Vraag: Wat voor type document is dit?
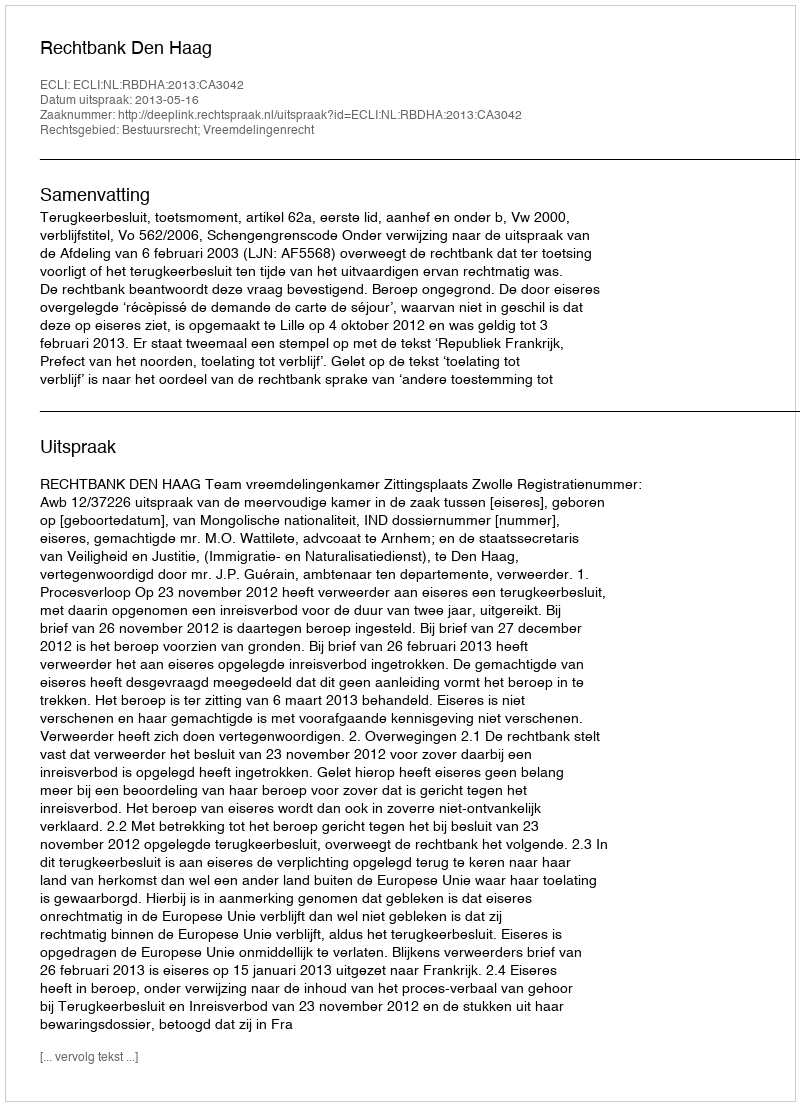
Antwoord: Uitspraak